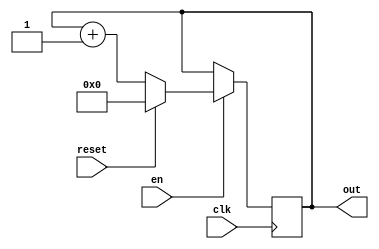
// Parameterized Address Generator Module

module ADDRESS_GENERATOR #(
      //==============================
      // Top level block parameters
      //==============================
      parameter DATA_WIDTH   = 8,                 // number of bits in counter
      parameter COUNT_FROM   = 0                 // start with this number
      )
      (
      //===============
      // Input Ports
      //===============
      input clk,   // clock input
      input en,    // enable
      input reset, // reset

      //===============
      // Output Ports
      //===============
      output reg [DATA_WIDTH-1:0] out
   );

   // Synchronous logic
   always @(posedge clk) begin
      if (en == 1'b1) begin
         if (reset) begin
            out <= COUNT_FROM;
         end
         else begin
            out <= out + 1;
         end
      end
   end
endmodule